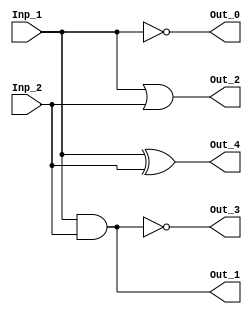
`timescale 1ns / 1ps
//////////////////////////////////////////////////////////////////////////////////
// Company: 
// Engineer: 
// 
// Design Name: 
// Module Name: Part_1
// Project Name: 
// Target Devices: 
// Tool Versions: 
// Description: 
// 
// Dependencies: 
// 
// Revision:
// Revision 0.01 - File Created
// Additional Comments:
// 
//////////////////////////////////////////////////////////////////////////////////

module Part_X(
input wire Inp_1,
input wire Inp_2,
output wire Out_0,
output wire Out_1,
output wire Out_2,
output wire Out_3,
output wire Out_4
);
assign Out_0 = ~Inp_1;
assign Out_1 = Inp_1 & Inp_2;
assign Out_2 = Inp_1 | Inp_2;
assign Out_3 = ~(Inp_1 & Inp_2);
assign Out_4 = Inp_1 ^ Inp_2;
endmodule